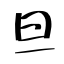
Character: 旦